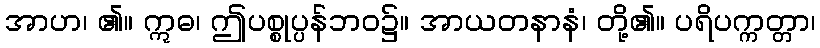
အာဟ၊ ၏။ ဣဓ၊ ဤပစ္စုပ္ပန်ဘဝ၌။ အာယတနာနံ၊ တို့၏။ ပရိပက္ကတ္တာ၊